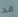
قد